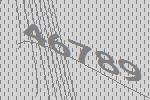
46789